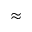
\approx